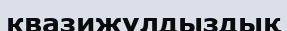
квазижұлдыздық